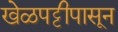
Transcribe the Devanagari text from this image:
खेळपट्टीपासून